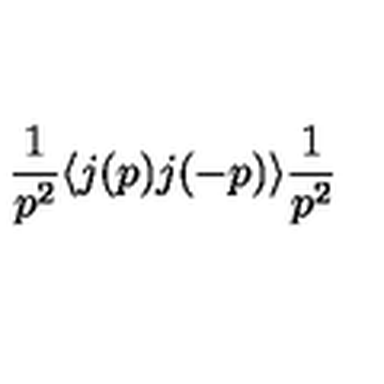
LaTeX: \frac { 1 } { p ^ { 2 } } \langle j ( p ) j ( - p ) \rangle \frac { 1 } { p ^ { 2 } }